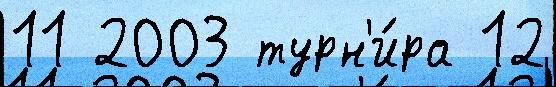
11 2003 турн'и́ра 12